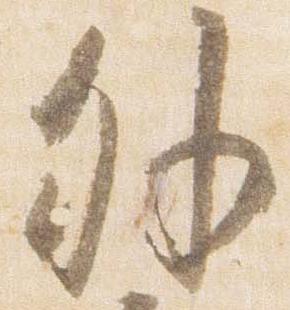
外